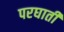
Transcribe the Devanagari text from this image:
परघाती